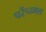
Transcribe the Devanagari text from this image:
परेंच्य्मल